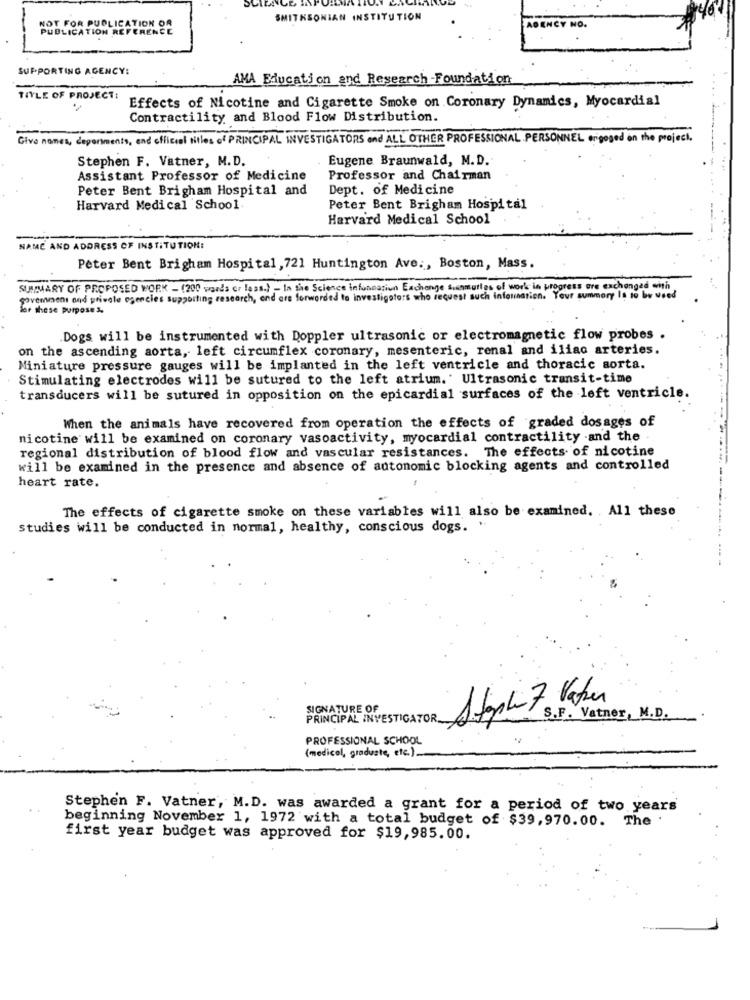
SMITHSONIAN INSTITUTION
PUBLICATION REFERENCE
NOT FOR PUBLICATION OR
AGENCY NO.
SUPPORTING AGENCY:
AMA Education and Research Foundation
TITLE OF PROJECT:
Effects of Nicotine and Cigarette Smoke on Coronary Dynamics, Myocardial
Contractility and Blood Flow Distribution.
Give names, departments, and official titles of PRINCIPAL INVESTIGATORS and ALL OTHER PROFESSIONAL PERSONNEL origoged on the project.
Stephen F. Vatner, M.D.
Eugene Braunwald, M.D.
Assistant Professor of Medicine
Professor and Chairman
Peter Bent Brigham Hospital and
Dept. of Medicine
Harvard Medical School
Peter Bent Brigham Hospital
Harvard Medical School
NAME AND ADDRESS OF INSTITUTION:
Peter Bent Brigham Hospital , 721 Huntington Ave ., Boston, Mass.
SUMMARY OF PROPOSED WORK - (200 words or less.) - In the Science information Exchange suunmutlas of work in progress are exchanged with
Sovemment and private agencies supporting research, end ars forwarded to investigators who request such Information. Your summary Is to be v
for these purpose &
Dogs will be instrumented with Doppler ultrasonic or electromagnetic flow probes .
on the ascending aorta, left circumflex coronary, mesenteric, renal and iliac arteries.
Miniature pressure gauges will be implanted in the left ventricle and thoracic sorta.
Stimulating electrodes will be sutured to the left atrium. Ultrasonic transit-time
transducers will be sutured in opposition on the epicardial surfaces of the left ventricle.
When the animals have recovered from operation the effects of graded dosages of
nicotine will be examined on coronary vasoactivity, myocardial contractility .and the
regional distribution of blood flow and vascular resistances. The effects of nicotine
will be examined in the presence and absence of autonomic blocking agents and controlled
heart rate.
The effects of cigarette smoke on these variables will also be examined. . All these
studies will be conducted in normal, healthy, conscious dogs. "
SIGNATURE OF
Stoph 7 Vaker
PRINCIPAL INVESTIGATOR.
S.F. Vatner, M.D.
PROFESSIONAL SCHOOL
(medical, graduste, etc.).
Stephen F. Vatner, M.D. was awarded a grant for a period of two years
beginning November 1, 1972 with a total budget of $39,970.00. The
first year budget was approved for $19,985.00.